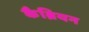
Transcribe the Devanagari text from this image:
कैब्रियन